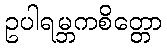
ဥပါရမ္ဘကစိတ္တော